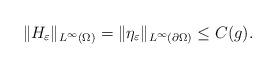
LaTeX: \begin{align*} \|H_\varepsilon\|_{L^\infty(\Omega)}=\|\eta_\varepsilon\|_{L^\infty(\partial\Omega)}\leq C(g).\end{align*}